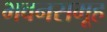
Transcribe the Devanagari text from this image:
भवनसमूह